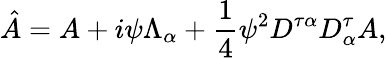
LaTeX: \hat{A}=A+i\psi\Lambda_{\alpha}+\frac{1}{4}\psi^{2}{D^{\tau\alpha}D_{\alpha}^{\tau}}A,